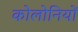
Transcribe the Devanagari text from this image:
कोलोनियों